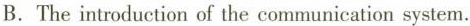
B.The introduction of the communication system.